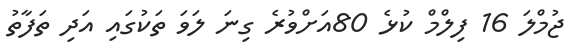
ޖުމްލަ 16 ފިލްމް ކުޅެ 80އަށްވުރެ ގިނަ ލަވަ ތަކުގައި އަދި ތަފާތު